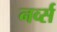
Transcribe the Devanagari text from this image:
नर्व्स